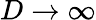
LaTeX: D\rightarrow\infty